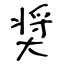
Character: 奨